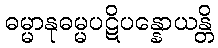
ဓမ္မာနုဓမ္မပဋိပန္နောယန္တိ